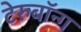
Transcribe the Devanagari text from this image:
टेरुबॉन्ग